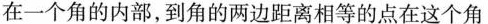
在一个角的内部，到角的两边距离相等的点在这个角